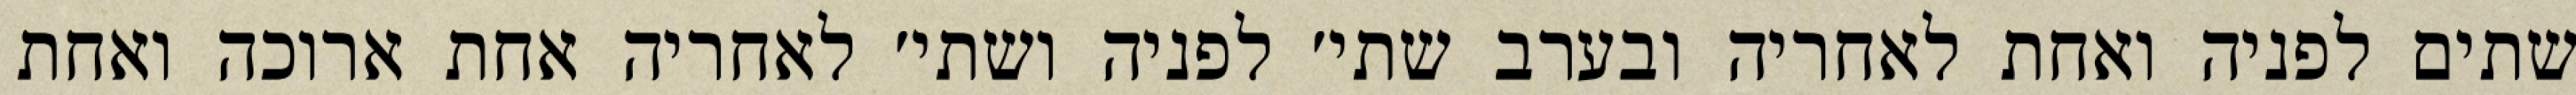
שתים לפניה ואחת לאחריה ובערב שתי׳ לפניה ושתי׳ לאחריה אחת ארוכה ואחת